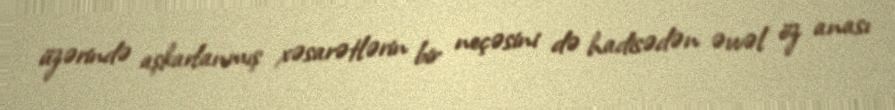
üzərində aşkarlanmış xəsarətlərin bir neçəsini də hadisədən əvvəl öz anası